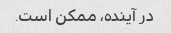
در آینده، ممکن است.